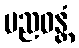
ပညဝန္တံ